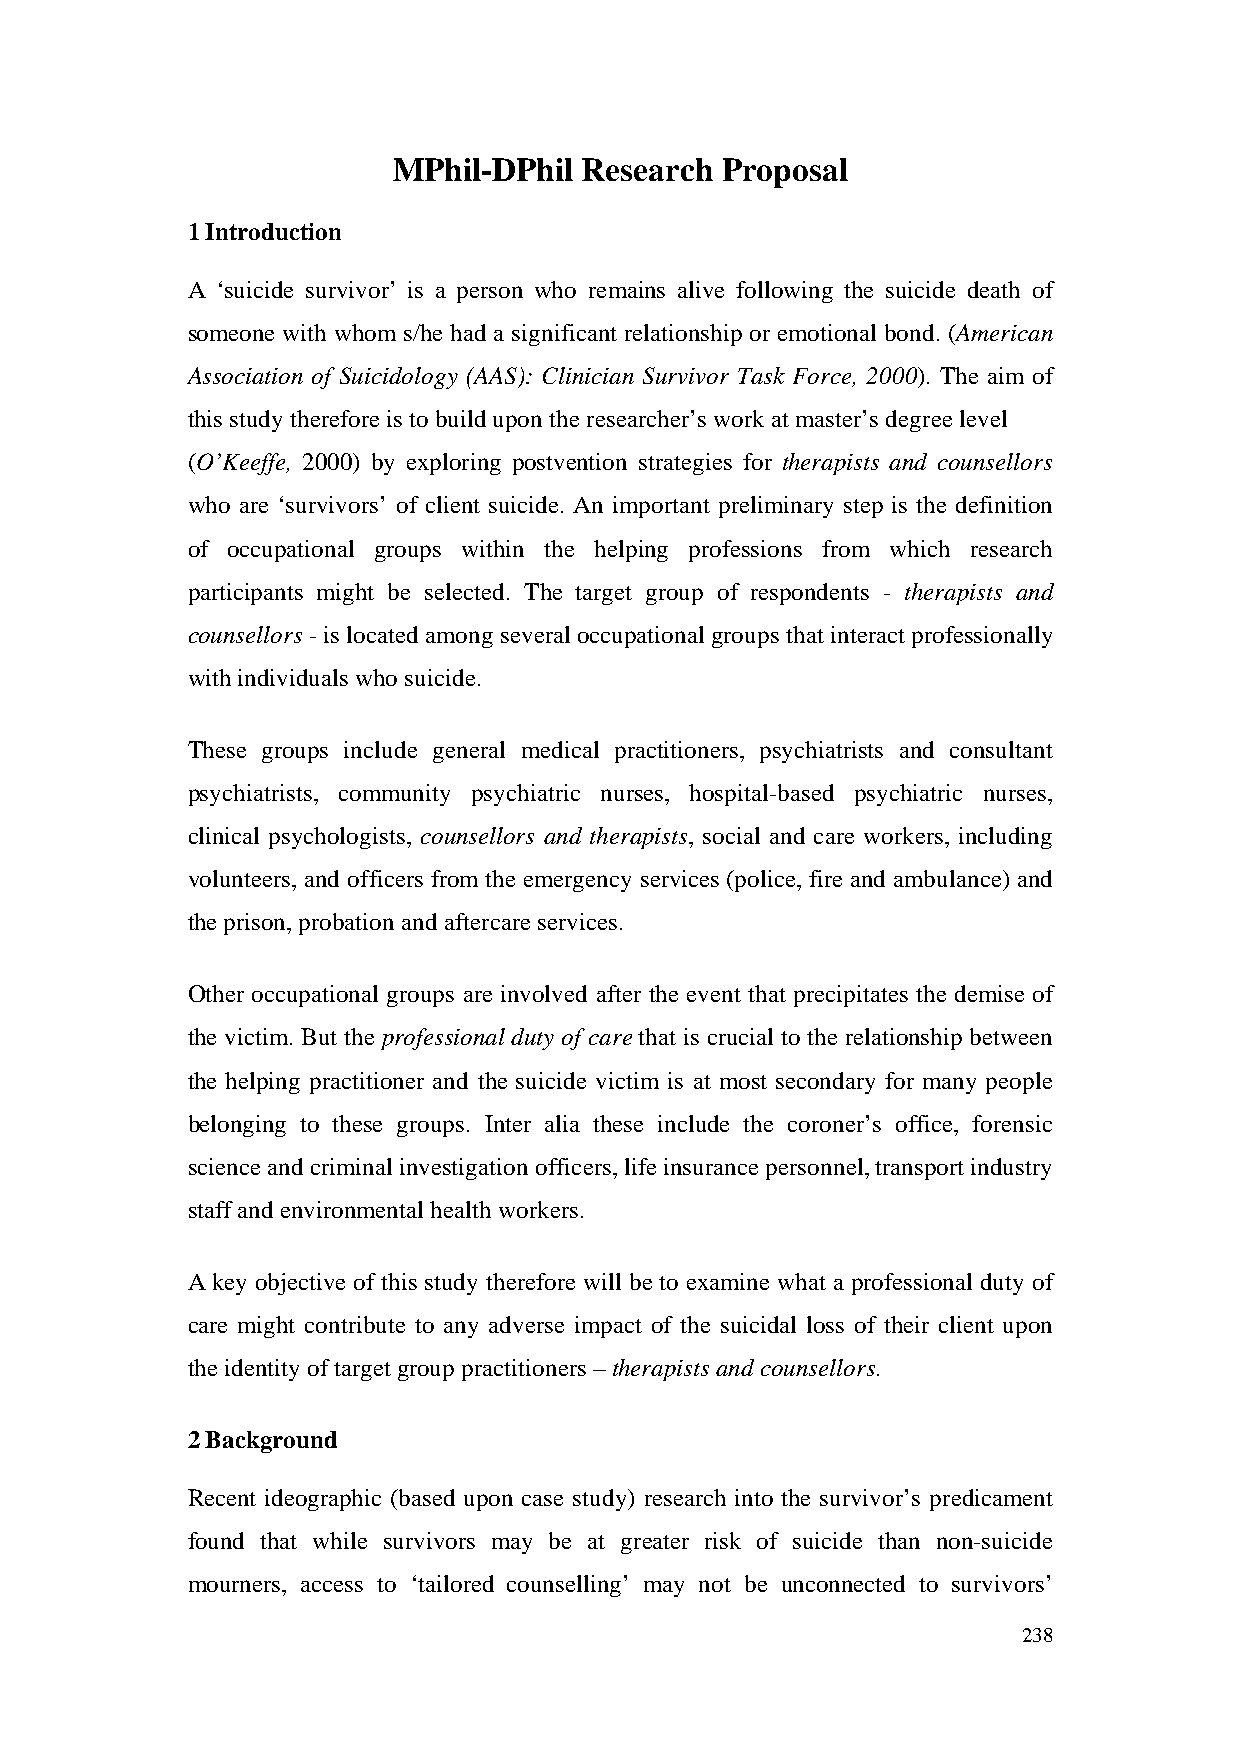
MPhil-DPhil  Research Proposal
 1 Introduction
 A ‘suicide survivor’ is a person who remains alive following the suicide death of
 someone with whom s/he had a significant relationship or emotional bond. (American
 Association of Suicidology (AAS): Clinician Survivor Task Force, 2000). The aim of
 this study therefore is to build upon the researcher’s work at master’s degree level
 (O’Keeffe, 2000) by exploring postvention strategies for therapists and counsellors
 who are ‘survivors’ of client suicide. An important preliminary step is the definition
 of occupational groups within the helping professions from which research
 participants might be selected. The target group of respondents - therapists and
 counsellors - is located among several occupational groups that interact professionally
 with individuals who suicide.
 These groups include general medical practitioners, psychiatrists and consultant
 psychiatrists, community psychiatric nurses, hospital-based psychiatric nurses,
 clinical psychologists, counsellors and therapists, social and care workers, including
 volunteers, and officers from the emergency services (police, fire and ambulance) and
 the prison, probation and aftercare services.
 Other occupational groups are involved after the event that precipitates the demise of
 the victim. But the professional duty of care that is crucial to the relationship between
 the helping practitioner and the suicide victim is at most secondary for many people
 belonging to these groups. Inter alia these include the coroner’s office, forensic
 science and criminal investigation officers, life insurance personnel, transport industry
 staff and environmental health workers.
 A key objective of this study therefore will be to examine what a professional duty of
 care might contribute to any adverse impact of the suicidal loss of their client upon
 the identity of target group practitioners – therapists and counsellors.
 2 Background
 Recent ideographic (based upon case study) research into the survivor’s predicament
 found that while survivors may be at greater risk of suicide than non-suicide
 mourners, access to ‘tailored counselling’ may not be unconnected to survivors’
 238